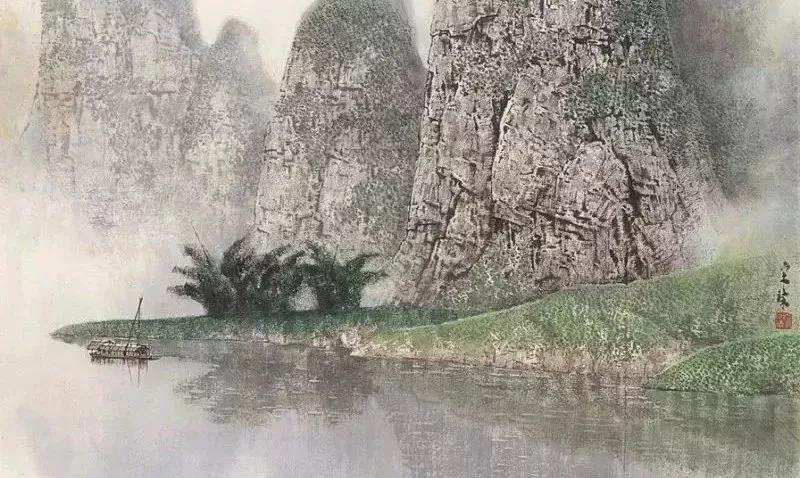
才有浅深，无有古今文有伪真，无有故新。